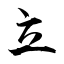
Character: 立